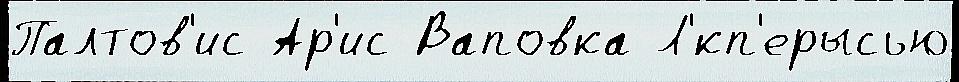
Палтов'ис Ар'ис Ваповка Л'́кп'ерысью